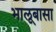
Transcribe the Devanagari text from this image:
भालूबासा